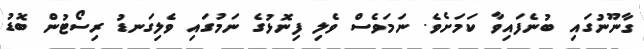
ގާނޫނުގައި ބުނެފައިވާ ކަމަށެވެ. ނަމަވެސް ވެލި ފިނޮޅުގެ ނަމުގައި ވެލިގަނޑު ރިސޯޓުން ބޮޑު